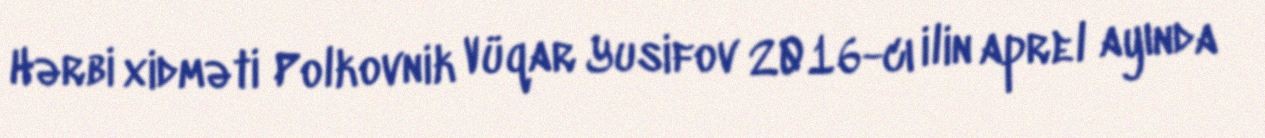
Hərbi xidməti Polkovnik Vüqar Yusifov 2016-cı ilin aprel ayında